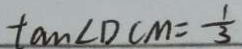
\tan \angle D C M = \frac { 1 } { 3 }